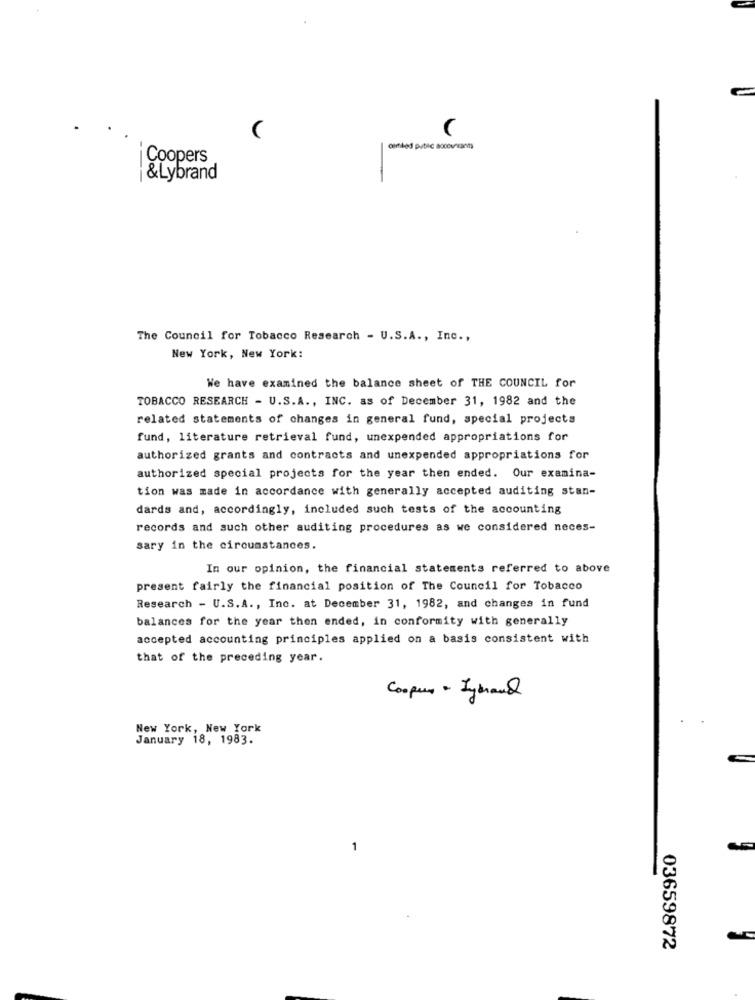
dirtied pubic socourses
iCoopers
&Lybrand
The Council for Tobacco Research - U.S.A ., Inc .,
New York, New York:
We have examined the balance sheet of THE COUNCIL for
TOBACCO RESEARCH - U.S.A ., INC. as of December 31, 1982 and the
related statements of changes in general fund, special projects
fund, literature retrieval fund, unexpended appropriations for
authorized grants and contracts and unexpended appropriations for
authorized special projects for the year then ended. Our examina-
tion was made in accordance with generally accepted auditing stan-
dards and, accordingly, included such tests of the accounting
records and such other auditing procedures as we considered neces-
sary in the circumstances.
In our opinion, the financial statements referred to above
present fairly the financial position of The Council for Tobacco
Research - U.S.A ., Inc. at December 31, 1982, and changes in fund
balances for the year then ended, in conformity with generally
accepted accounting principles applied on a basis consistent with
that of the preceding year.
Cooper - Igenand
New York, New York
January 18, 1983.
1
03659872